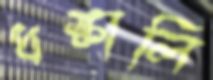
ধস্‌কালি